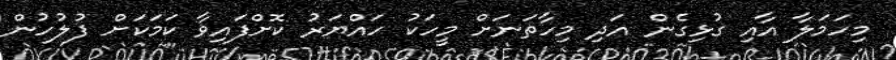
މިހަމަލާ އާއި ގުޅިގެން އަދި މިހާތަނަށް މީހަކު ހައްޔަރު ކޮށްފައިވާ ކަމަކަށް ފުލުހުން